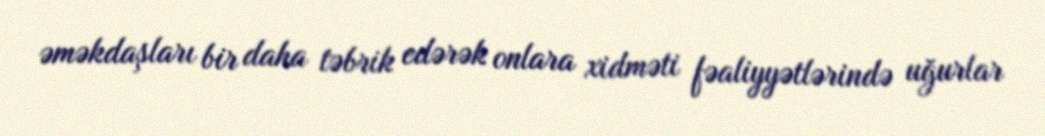
əməkdaşları bir daha təbrik edərək onlara xidməti fəaliyyətlərində uğurlar